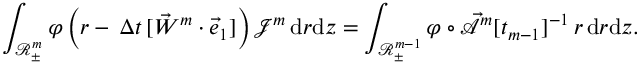
\int _ { \mathscr { R } _ { \pm } ^ { m } } \varphi \, \Bigl ( r - \, \Delta t \, [ \vec { W } ^ { m } \cdot \vec { e } _ { 1 } ] \Bigr ) \, \mathcal { J } ^ { m } \, \mathrm { d } r \mathrm { d } z = \int _ { \mathscr { R } _ { \pm } ^ { m - 1 } } \varphi \circ \mathcal { \vec { A } } ^ { m } [ t _ { m - 1 } ] ^ { - 1 } \, r \, \mathrm { d } r \mathrm { d } z .